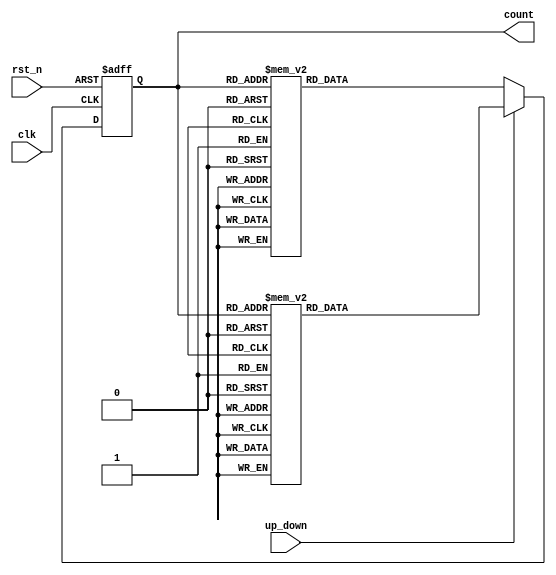
module GrayCounter (
    input wire clk,
    input wire rst_n,
    input wire up_down,
    
    output reg [3:0] count
);

reg [3:0] next_count;

always @ (posedge clk or negedge rst_n) begin
    if (~rst_n) begin
        count <= 4'b0000;
    end else begin
        if (up_down) begin
            case(count)
                4'b0000: next_count = 4'b0001;
                4'b0001: next_count = 4'b0011;
                4'b0011: next_count = 4'b0010;
                4'b0010: next_count = 4'b0110;
                4'b0110: next_count = 4'b0111;
                4'b0111: next_count = 4'b0101;
                4'b0101: next_count = 4'b0100;
                4'b0100: next_count = 4'b1100;
                4'b1100: next_count = 4'b1101;
                4'b1101: next_count = 4'b1111;
                4'b1111: next_count = 4'b1110;
                default: next_count = 4'b0000;
            endcase
        end else begin
            case(count)
                4'b0000: next_count = 4'b0000;
                4'b0001: next_count = 4'b0001;
                4'b0011: next_count = 4'b0001;
                4'b0010: next_count = 4'b0011;
                4'b0110: next_count = 4'b0010;
                4'b0111: next_count = 4'b0110;
                4'b0101: next_count = 4'b0111;
                4'b0100: next_count = 4'b0101;
                4'b1100: next_count = 4'b0100;
                4'b1101: next_count = 4'b1100;
                4'b1111: next_count = 4'b1101;
                4'b1110: next_count = 4'b1111;
                default: next_count = 4'b0000;
            endcase
        end
        count <= next_count;
    end
end

endmodule